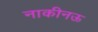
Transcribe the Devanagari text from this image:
नाकीनऊ